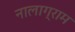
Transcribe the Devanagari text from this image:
नालाग्राम